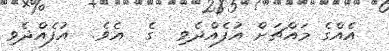
އެއްގެ މައްޗަށް އުފެއްދެވި  ގެ  އެވެ.  އުފެއްދެވި